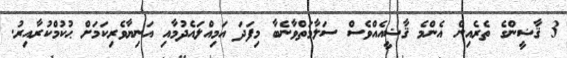
3 ޤާޟީންގެ ތެރެއިން އެންމެ ޤާޟީއެއްވެސް ސަލާމަތްވާނެބާ މިފަދަ އަމިއްލައެދުމާއި އަނިޔާވެރިކަމަށް ޙުކުމްކުރާއިރު.